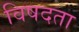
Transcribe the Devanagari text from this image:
विषदता